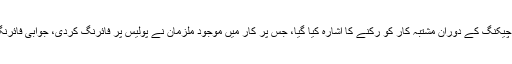
پولیس کے مطابق شاہ فیصل کالونی نمبر2 میں اسنیپ چیکنگ کے دوران مشتبہ کار کو رکنے کا اشارہ کیا گیا، جس پر کار میں موجود ملزمان نے پولیس پر فائرنگ کردی، جوابی فائرنگ کے نتیجے میں کار میں سوار 3 ڈاکو ہلاک ہوگئے۔